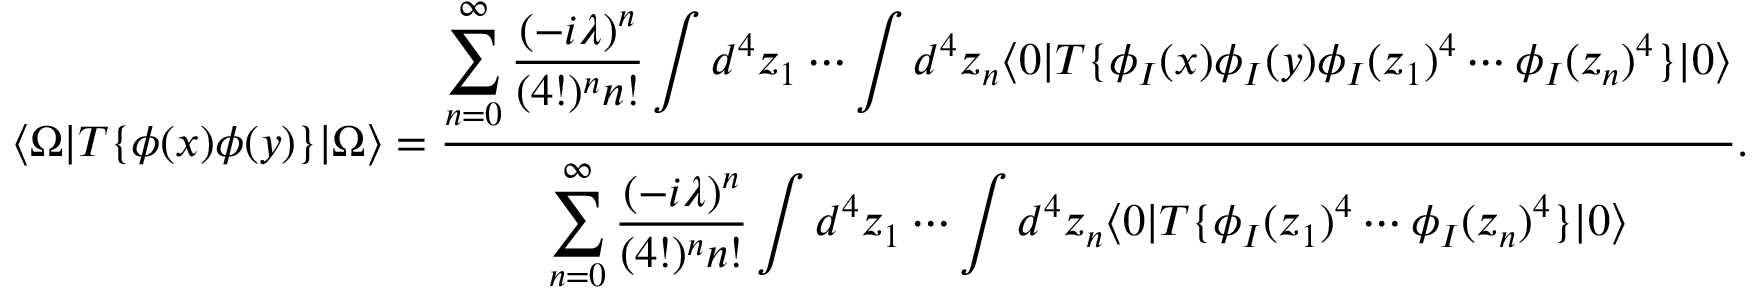
\langle \Omega | T \{ \phi ( x ) \phi ( y ) \} | \Omega \rangle = { \frac { \displaystyle \sum _ { n = 0 } ^ { \infty } { \frac { ( - i \lambda ) ^ { n } } { ( 4 ! ) ^ { n } n ! } } \int d ^ { 4 } z _ { 1 } \cdots \int d ^ { 4 } z _ { n } \langle 0 | T \{ \phi _ { I } ( x ) \phi _ { I } ( y ) \phi _ { I } ( z _ { 1 } ) ^ { 4 } \cdots \phi _ { I } ( z _ { n } ) ^ { 4 } \} | 0 \rangle } { \displaystyle \sum _ { n = 0 } ^ { \infty } { \frac { ( - i \lambda ) ^ { n } } { ( 4 ! ) ^ { n } n ! } } \int d ^ { 4 } z _ { 1 } \cdots \int d ^ { 4 } z _ { n } \langle 0 | T \{ \phi _ { I } ( z _ { 1 } ) ^ { 4 } \cdots \phi _ { I } ( z _ { n } ) ^ { 4 } \} | 0 \rangle } } .